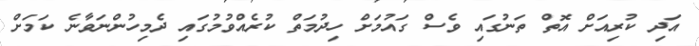
އަދި ކުރިއަށް އޮތް ތަނުގައި ވެސް ގައުމަށް ހިދުމަތް ކުރެއްވުމުގައި ދެމިހުންނަވާނެ ކަމަށް